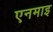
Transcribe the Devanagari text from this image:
एनमाइ